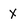
Character: x